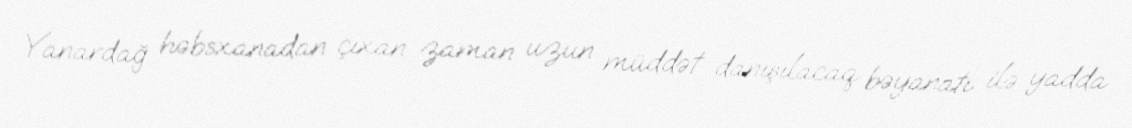
Yanardağ həbsxanadan çıxan zaman uzun müddət danışılacaq bəyanatı ilə yadda